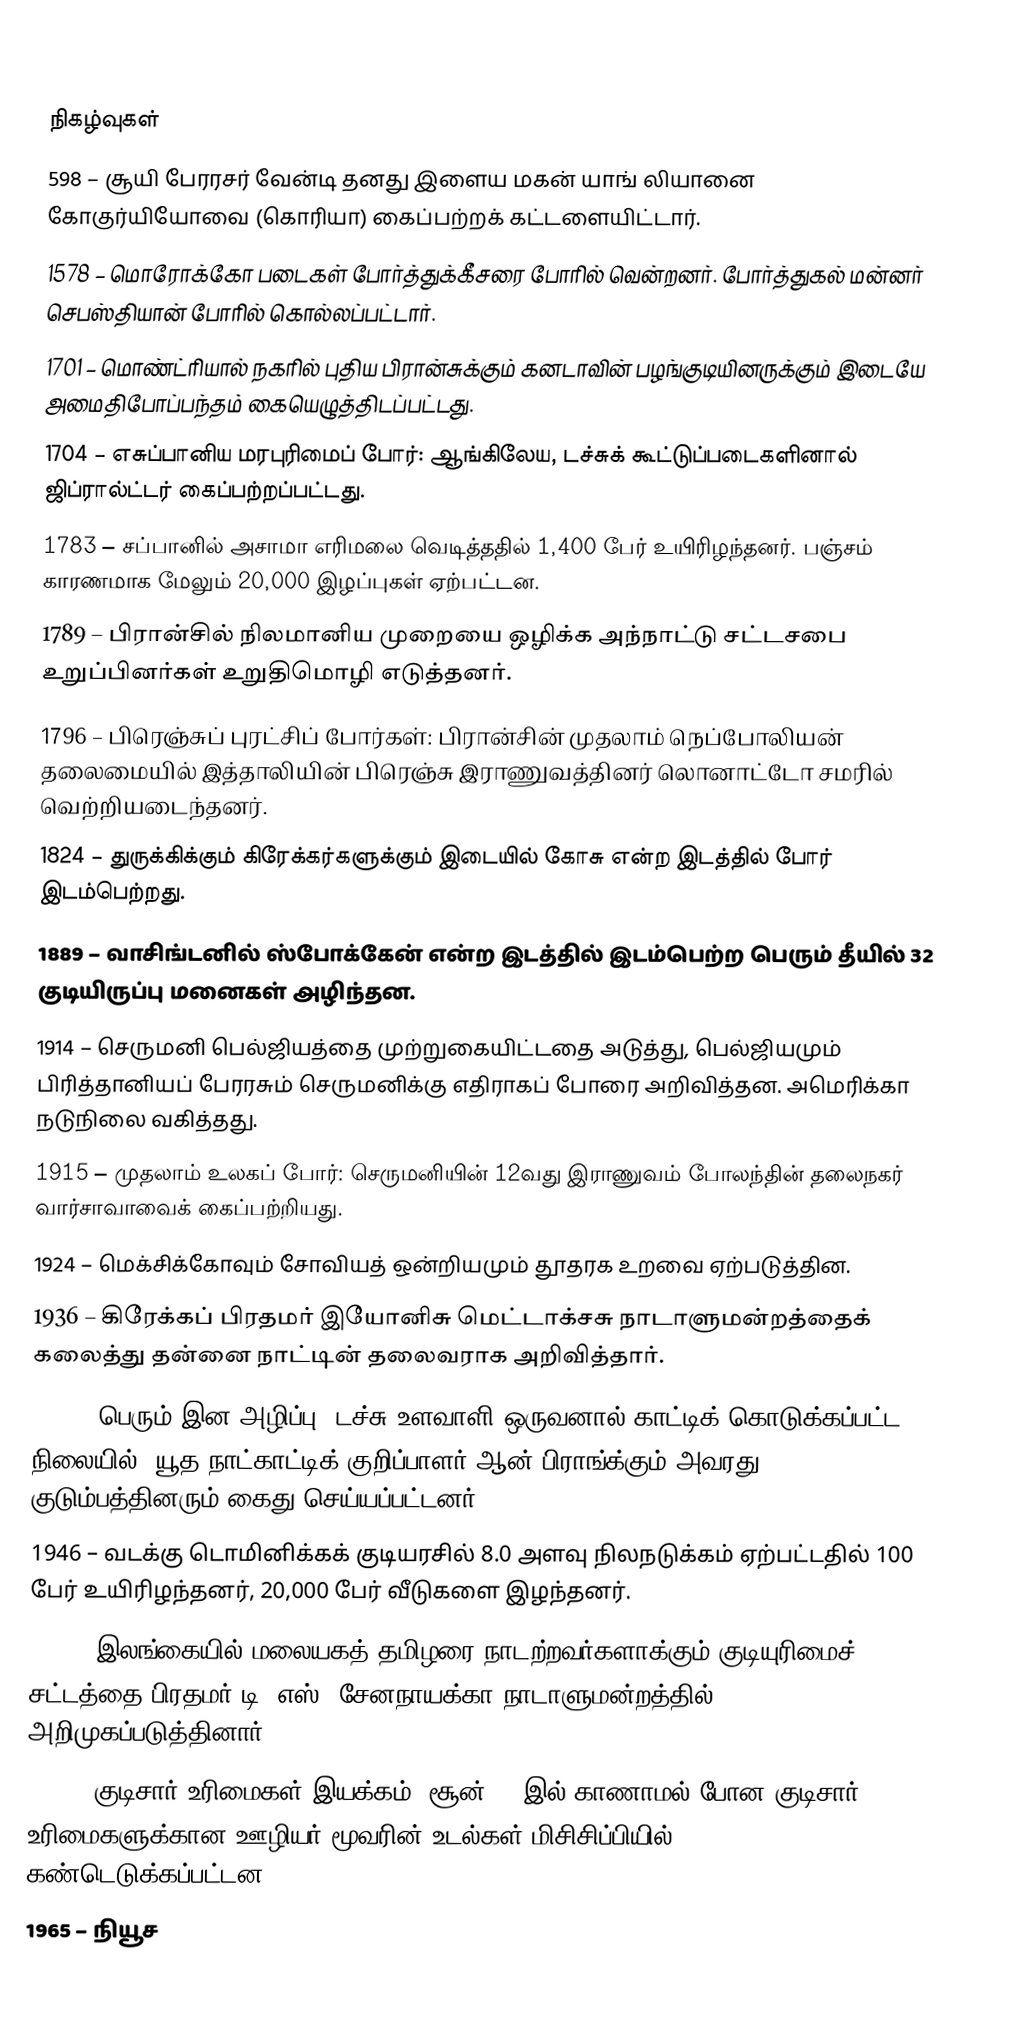

நிகழ்வுகள்
 598 – சூயி பேரரசர் வேன்டி தனது இளைய மகன் யாங் லியானை கோகுர்யியோவை (கொரியா) கைப்பற்றக் கட்டளையிட்டார்.
1578 – மொரோக்கோ படைகள் போர்த்துக்கீசரை போரில் வென்றனர். போர்த்துகல் மன்னர் செபஸ்தியான் போரில் கொல்லப்பட்டார்.
1701 – மொண்ட்ரியால் நகரில் புதிய பிரான்சுக்கும் கனடாவின் பழங்குடியினருக்கும் இடையே அமைதிபோப்பந்தம் கையெழுத்திடப்பட்டது.
1704 – எசுப்பானிய மரபுரிமைப் போர்: ஆங்கிலேய, டச்சுக் கூட்டுப்படைகளினால் ஜிப்ரால்ட்டர் கைப்பற்றப்பட்டது.
1783 – சப்பானில் அசாமா எரிமலை வெடித்ததில் 1,400 பேர் உயிரிழந்தனர். பஞ்சம் காரணமாக மேலும் 20,000 இழப்புகள் ஏற்பட்டன.
1789 – பிரான்சில் நிலமானிய முறையை ஒழிக்க அந்நாட்டு சட்டசபை உறுப்பினர்கள் உறுதிமொழி எடுத்தனர்.
1796 – பிரெஞ்சுப் புரட்சிப் போர்கள்: பிரான்சின் முதலாம் நெப்போலியன் தலைமையில் இத்தாலியின் பிரெஞ்சு இராணுவத்தினர் லொனாட்டோ சமரில் வெற்றியடைந்தனர்.
1824 – துருக்கிக்கும் கிரேக்கர்களுக்கும் இடையில் கோசு என்ற இடத்தில் போர் இடம்பெற்றது.
1889 – வாசிங்டனில் ஸ்போக்கேன் என்ற இடத்தில் இடம்பெற்ற பெரும் தீயில் 32 குடியிருப்பு மனைகள் அழிந்தன.
1914 – செருமனி பெல்ஜியத்தை முற்றுகையிட்டதை அடுத்து, பெல்ஜியமும் பிரித்தானியப் பேரரசும் செருமனிக்கு எதிராகப் போரை அறிவித்தன. அமெரிக்கா நடுநிலை வகித்தது.
1915 – முதலாம் உலகப் போர்: செருமனியின் 12வது இராணுவம் போலந்தின் தலைநகர் வார்சாவாவைக் கைப்பற்றியது.
1924 – மெக்சிக்கோவும் சோவியத் ஒன்றியமும் தூதரக உறவை ஏற்படுத்தின.
1936 – கிரேக்கப் பிரதமர் இயோனிசு மெட்டாக்சசு நாடாளுமன்றத்தைக் கலைத்து தன்னை நாட்டின் தலைவராக அறிவித்தார்.
1944 – பெரும் இன அழிப்பு: டச்சு உளவாளி ஒருவனால் காட்டிக் கொடுக்கப்பட்ட நிலையில், யூத நாட்காட்டிக் குறிப்பாளர் ஆன் பிராங்க்கும் அவரது குடும்பத்தினரும் கைது செய்யப்பட்டனர்.
1946 – வடக்கு டொமினிக்கக் குடியரசில் 8.0 அளவு நிலநடுக்கம் ஏற்பட்டதில் 100 பேர் உயிரிழந்தனர், 20,000 பேர் வீடுகளை இழந்தனர்.
1948 – இலங்கையில் மலையகத் தமிழரை நாடற்றவர்களாக்கும் குடியுரிமைச் சட்டத்தை பிரதமர் டி. எஸ். சேனநாயக்கா நாடாளுமன்றத்தில் அறிமுகப்படுத்தினார்.
1964 – குடிசார் உரிமைகள் இயக்கம்: சூன் 21 இல் காணாமல் போன குடிசார் உரிமைகளுக்கான ஊழியர் மூவரின் உடல்கள் மிசிசிப்பியில் கண்டெடுக்கப்பட்டன.
1965 – நியூச